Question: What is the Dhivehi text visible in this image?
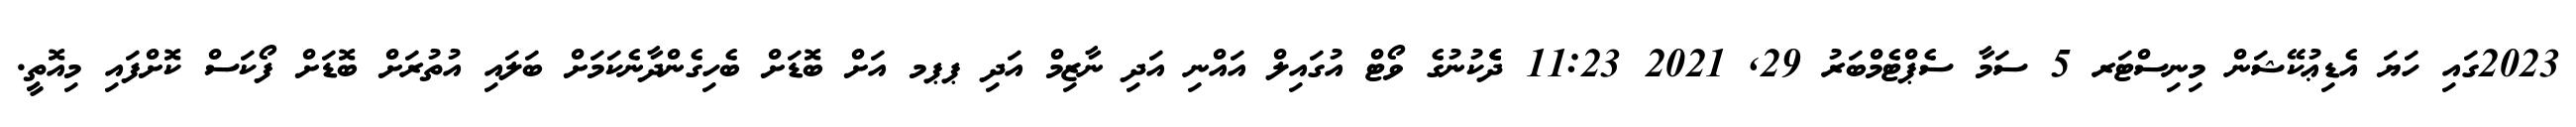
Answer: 2023ގައި ހަޔަ އެޑިޢުކޭޝަން މިނިސްޓަރ 5 ސަމާ ސެޕްޓެމްބަރު 29, 2021 11:23 ދެެެކުނުގެ ވޯޓް އުގައިލް އައްނި އަދި ނާޒިމް އަދި ޕޕމ އަށް ބޮޑަށް ބެހިގެންދާނެކަމަށް ބަލައި އުތުރަށް ބޮޑަށް ފޯކަސް ކޮށްފައި މިއޮތީ.